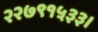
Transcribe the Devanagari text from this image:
२२७९१५३३।